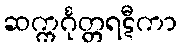
ဆက္ကင်္ဂုတ္တရဋီကာ